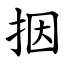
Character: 㧢